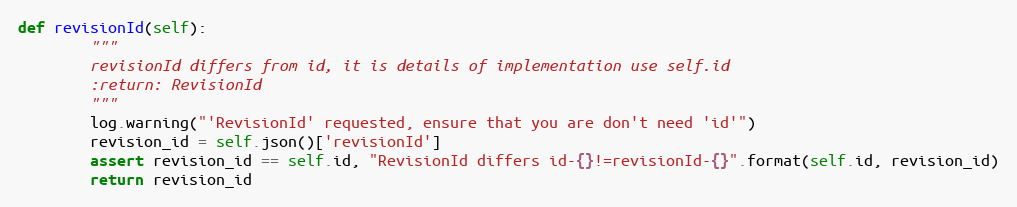
Language: Python
def revisionId(self):
        """
        revisionId differs from id, it is details of implementation use self.id
        :return: RevisionId
        """
        log.warning("'RevisionId' requested, ensure that you are don't need 'id'")
        revision_id = self.json()['revisionId']
        assert revision_id == self.id, "RevisionId differs id-{}!=revisionId-{}".format(self.id, revision_id)
        return revision_id